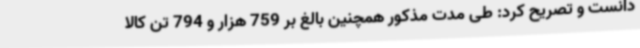
دانست و تصریح کرد: طی مدت مذکور همچنین بالغ بر 759 هزار و 794 تن کالا